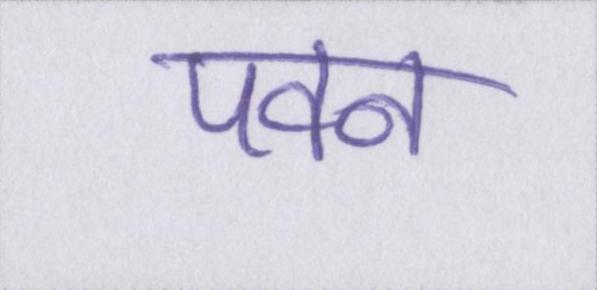
पवन